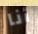
أنا